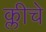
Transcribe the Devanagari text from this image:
क्लीचे